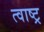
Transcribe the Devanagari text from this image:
त्वाष्ट्र